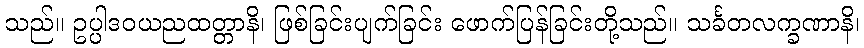
သည်။ ဥပ္ပါဒဝယညထတ္တာနိ၊ ဖြစ်ခြင်းပျက်ခြင်း ဖောက်ပြန်ခြင်းတို့သည်။ သင်္ခတလက္ခဏာနိ၊